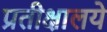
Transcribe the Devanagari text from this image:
प्रतीक्षालये